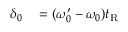
\begin{array} { r l } { \delta _ { 0 } } & { { } = ( \omega _ { 0 } ^ { \prime } - \omega _ { 0 } ) t _ { \mathrm { R } } } \end{array}